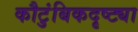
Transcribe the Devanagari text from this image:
कौटुंबिकदृष्ट्या